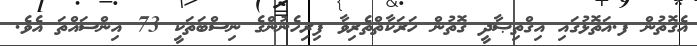
އެގޮތުން ފ.އަތޮޅުގައި އިގްތިޞާދީ ގޮތުން ހަރަކާތްތެރިވާ ފިރިހެނުންގެ ނިސްބަތަކީ 73 އިންސައްތަ އެވެ.